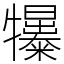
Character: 𤜌